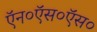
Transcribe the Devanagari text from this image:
ऍन०ऍस०ऍस०